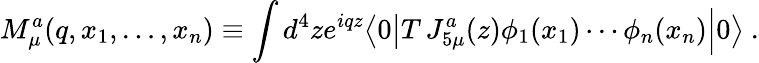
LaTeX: M_{\mu}^{a}(q,x_{1},\ldots,x_{n})\equiv\int d^{4}ze^{iqz}\bigl\langle 0\bigl\vert T\, J_{5\mu}^{a}(z)\phi_{1}(x_{1})\cdots\phi_{n}(x_{n})\Bigr\vert 0\bigr\rangle\ .